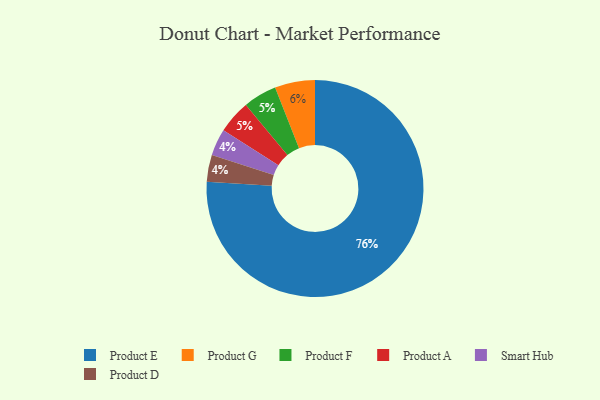
{"axis": {"x": "Category", "y": "Percentage"}, "legend": ["Product A", "Product D", "Product E", "Product F", "Product G", "Smart Hub"], "data": [{"x": "Product F", "y": 5, "type": "Product F"}, {"x": "Smart Hub", "y": 4, "type": "Smart Hub"}, {"x": "Product G", "y": 6, "type": "Product G"}, {"x": "Product E", "y": 76, "type": "Product E"}, {"x": "Product A", "y": 5, "type": "Product A"}, {"x": "Product D", "y": 4, "type": "Product D"}]}